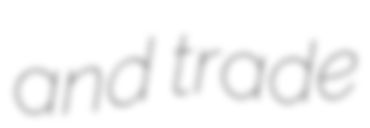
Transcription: and trade